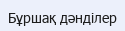
Бұршақ дәнділер